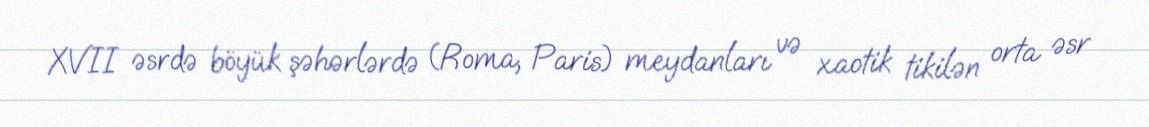
XVII əsrdə böyük şəhərlərdə (Roma, Paris) meydanları və xaotik tikilən orta əsr